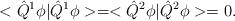
LaTeX: \begin{align*}<\hat{Q}^1\phi|\hat{Q}^1\phi>=<\hat{Q}^2\phi|\hat{Q}^2\phi>=0.\end{align*}